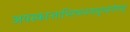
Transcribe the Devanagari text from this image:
अयस्कान्ताभिगमनवत्दुपसर्पणम्।